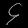
Digit: ၄